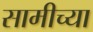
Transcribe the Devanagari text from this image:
सामीच्या